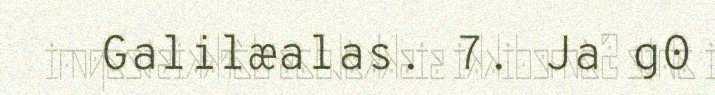
Galilæalas. 7. Ja g0